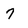
Character: 7